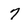
Character: 7